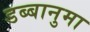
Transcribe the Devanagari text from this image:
डब्बानुमा